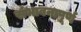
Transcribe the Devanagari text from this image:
संभावनापूर्ण